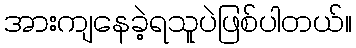
အားကျနေခဲ့ရသူပဲဖြစ်ပါတယ်။